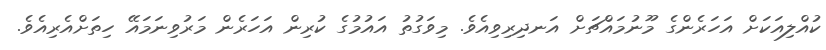
ކުއްލިއަކަށް އަހަރެންގެ މޫނުމައްޗަށް އަނދިރިވިއެވެ. މިވަގުތު އައުމުގެ ކުރިން އަހަރެން މަރުވިނަމައޭ ހިތަށްއެރިއެވެ.